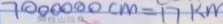
7 0 0 0 0 0 0 c m = 1 7 k m